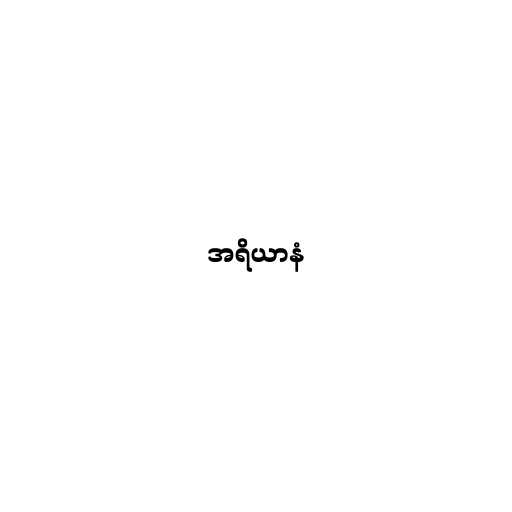
အရိယာနံ